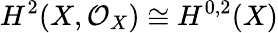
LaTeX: H^{2}(X,{\mathcal{O}}_{X})\cong H^{0,2}(X)